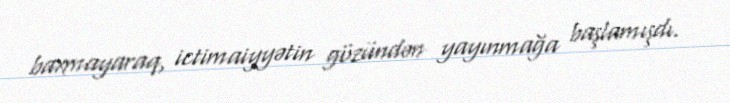
baxmayaraq, ictimaiyyətin gözündən yayınmağa başlamışdı.